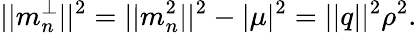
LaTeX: ||m_{n}^{\perp}||^{2}=||m_{n}^{2}||^{2}-|\mu|^{2}=||q||^{2}\rho^{2}.